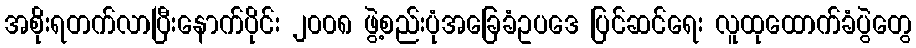
အစိုးရတက်လာပြီးနောက်ပိုင်း ၂၀၀၈ ဖွဲ့စည်းပုံအခြေခံဥပဒေ ပြင်ဆင်ရေး လူထုထောက်ခံပွဲတွေ